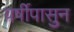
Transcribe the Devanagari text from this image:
वर्षीपासुन